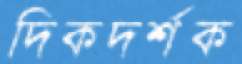
দিকদর্শক